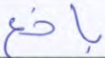
باخع